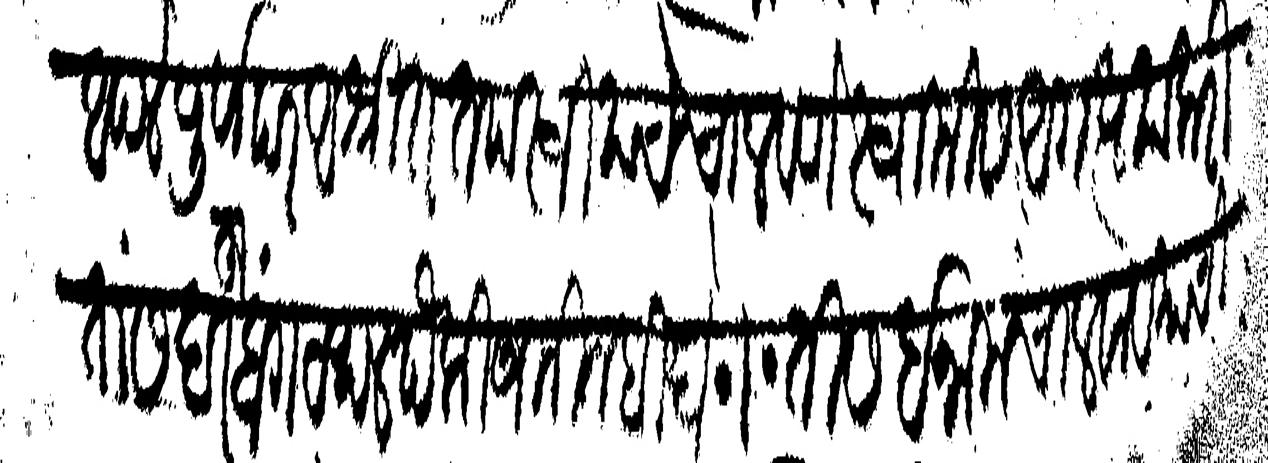
Transliteration (Devanagari): आपले पूर्वापर अश्रित तपस्वी याचे चालवणे स्वामीस अगत्य या करीता सदरहू बांगटथल पैकी जमीन बिघे तीस इनाम चालवाव याची